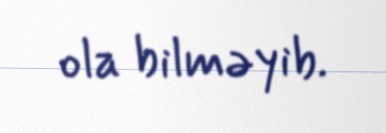
ola bilməyib.